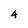
Character: 4